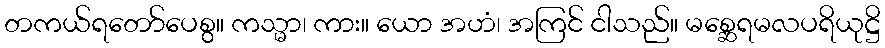
တကယ်ရတော်ပေစွ။ ကသ္မာ၊ ကား။ ယော အဟံ၊ အကြင် ငါသည်။ မစ္ဆေရမလပရိယုဋ္ဌိ